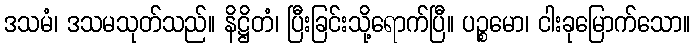
ဒသမံ၊ ဒသမသုတ်သည်။ နိဋ္ဌိတံ၊ ပြီးခြင်းသို့ရောက်ပြီ။ ပဉ္စမော၊ ငါးခုမြောက်သော။